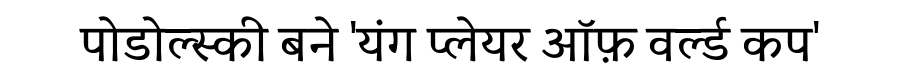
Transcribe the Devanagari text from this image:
पोडोल्स्की बने 'यंग प्लेयर ऑफ़ वर्ल्ड कप'